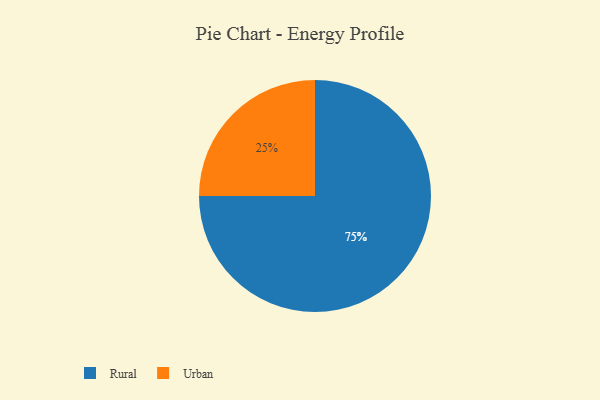
{"axis": {"x": "Category", "y": "Percentage"}, "legend": ["Rural", "Urban"], "data": [{"x": "Urban", "y": 25, "type": "Urban"}, {"x": "Rural", "y": 75, "type": "Rural"}]}